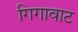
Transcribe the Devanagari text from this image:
गिगावाट